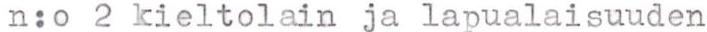
n:o 2 kieltolain ja lapualaisuuden